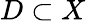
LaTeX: D\subset X